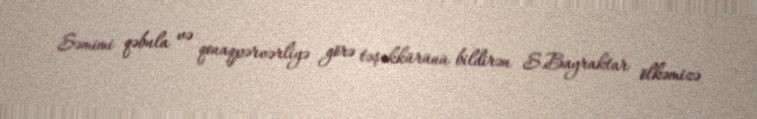
Səmimi qəbula və qonaqpərvərliyə görə təşəkkürünü bildirən S.Bayraktar ölkəmizə